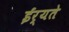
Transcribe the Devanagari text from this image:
ईर्यते